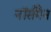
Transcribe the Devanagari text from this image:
नॉर्समैन